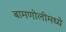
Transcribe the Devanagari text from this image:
बामणोलीमध्ये